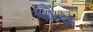
ધૌરા